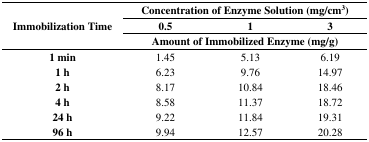
<table><thead><tr><td rowspan="3"><b>Immobilization Time</b></td><td colspan="3"><b>Concentration of Enzyme Solution (mg/cm<sup>3</sup>)</b></td></tr><tr><td><b>0.5</b></td><td><b>1</b></td><td><b>3</b></td></tr><tr><td colspan="3"><b>Amount of Immobilized Enzyme (mg/g)</b></td></tr></thead><tbody><tr><td><b>1 min</b></td><td>1.45</td><td>5.13</td><td>6.19</td></tr><tr><td><b>1 h</b></td><td>6.23</td><td>9.76</td><td>14.97</td></tr><tr><td><b>2 h</b></td><td>8.17</td><td>10.84</td><td>18.46</td></tr><tr><td><b>4 h</b></td><td>8.58</td><td>11.37</td><td>18.72</td></tr><tr><td><b>24 h</b></td><td>9.22</td><td>11.84</td><td>19.31</td></tr><tr><td><b>96 h</b></td><td>9.94</td><td>12.57</td><td>20.28</td></tr></tbody></table>